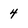
Character: 4